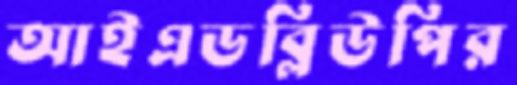
আইএডব্লিউপির